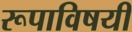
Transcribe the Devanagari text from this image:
रूपाविषयी